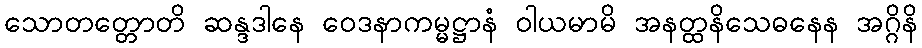
သောတတ္တောတိ ဆန္ဒဒါနေ ဝေဒနာကမ္မဋ္ဌာနံ ဝါယမာမိ အနတ္ထနိသေဓနေန အဂ္ဂိနိ